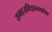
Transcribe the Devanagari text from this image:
समाजविज्ञानकोश